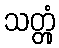
သတ္တုံ